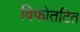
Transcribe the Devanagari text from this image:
विफोतटित